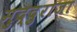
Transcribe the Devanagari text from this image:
मुद्दुराजा